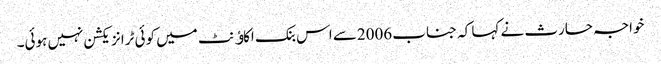
خواجہ حارث نے کہا کہ جناب 2006سے اس بنک اکاﺅنٹ میں کوئی ٹرانزیکشن نہیں ہوئی۔